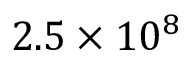
2 . 5 × 1 0 ^ { 8 }